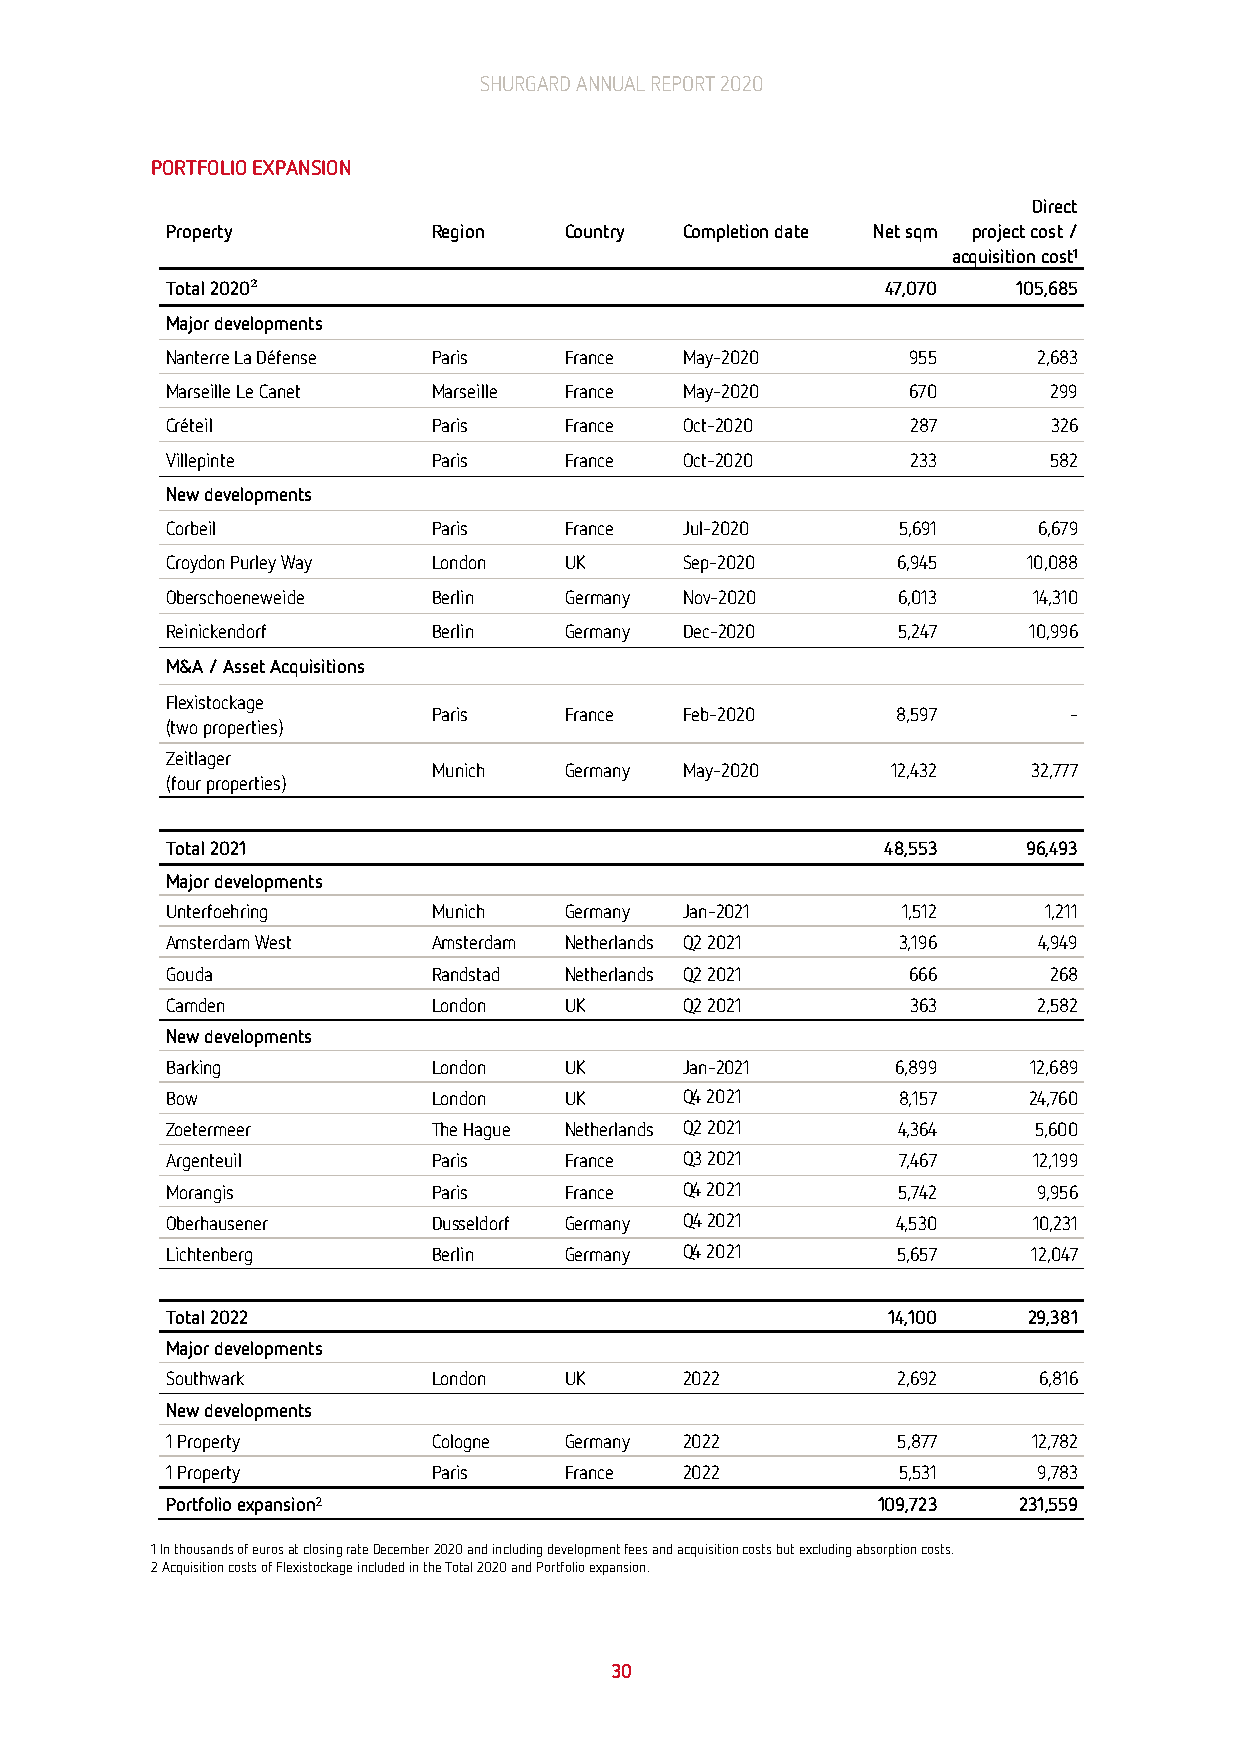
SHURGARD ANNUAL REPORT 2020
 PORTFOLIO EXPANSION
 Direct
 Property          Region  Country Completion date Net sqm project cost /
 acquisition cost1
 Total 2020²                                     47,070  105,685
 Major developments
 Nanterre La Défense Paris France  May-2020       955      2,683
 Marseille Le Canet Marseille France May-2020     670      299
 Créteil           Paris   France  Oct-2020       287       326
 Villepinte        Paris   France  Oct-2020       233      582
 New developments
 Corbeil           Paris   France  Jul-2020      5,691     6,679
 Croydon Purley Way London UK      Sep-2020      6,945    10,088
 Oberschoeneweide  Berlin  Germany Nov-2020      6,013    14,310
 Reinickendorf     Berlin  Germany Dec-2020      5,247    10,996
 M&A / Asset Acquisitions
 Flexistockage
 Paris   France  Feb-2020      8,597       -
 (two properties)
 Zeitlager
 Munich  Germany May-2020      12,432   32,777
 (four properties)
 Total 2021                                      48,553   96,493
 Major developments
 Unterfoehring     Munich  Germany Jan-2021       1,512    1,211
 Amsterdam West    Amsterdam Netherlands Q2 2021 3,196     4,949
 Gouda             Randstad Netherlands Q2 2021   666      268
 Camden            London  UK      Q2 2021        363      2,582
 New developments
 Barking           London  UK      Jan-2021      6,899    12,689
 Bow               London  UK      Q4 2021       8,157    24,760
 Zoetermeer        The Hague Netherlands Q2 2021 4,364    5,600
 Argenteuil        Paris   France  Q3 2021       7,467    12,199
 Morangis          Paris   France  Q4 2021       5,742     9,956
 Oberhausener      Dusseldorf Germany Q4 2021    4,530    10,231
 Lichtenberg       Berlin  Germany Q4 2021       5,657    12,047
 Total 2022                                      14,100   29,381
 Major developments
 Southwark         London  UK      2022          2,692     6,816
 New developments
 1 Property        Cologne Germany 2022          5,877    12,782
 1 Property        Paris   France  2022          5,531     9,783
 Portfolio expansion2                           109,723  231,559
 1 In thousands of euros at closing rate December 2020 and including development fees and acquisition costs but excluding absorption costs.
 2 Acquisition costs of Flexistockage included in the Total 2020 and Portfolio expansion.
 30